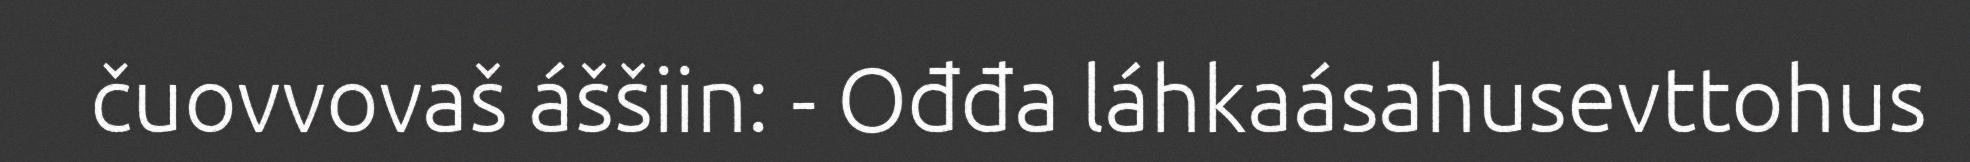
čuovvovaš áššiin: - Ođđa láhkaásahusevttohus